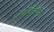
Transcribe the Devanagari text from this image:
अतिविनियमित